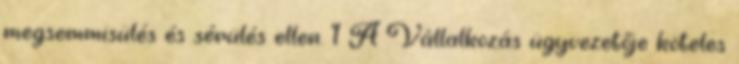
megsemmisülés és sérülés ellen. 1 A Vállalkozás ügyvezetője köteles